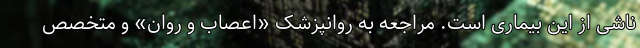
ناشی از این بیماری است. مراجعه به روانپزشک «اعصاب و روان» و متخصص